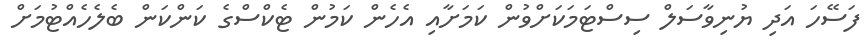
ފަސޭހަ އަދި ޔުނިވާސަލް ސިސްޓަމަކަށްވުން ކަމަށާއި އެހެން ކަމުން ޓެކްސްގެ ކަންކަން ބެލެހެއްޓުމަށް